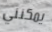
يمكنني